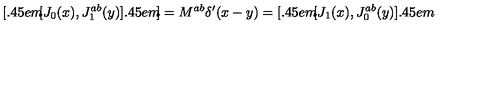
{ } [ \kern - 0 . 4 5 e m \llap [ J _ { 0 } ( x ) , J _ { 1 } ^ { a b } ( y ) ] \kern - 0 . 4 5 e m \llap ] = M ^ { a b } \delta ^ { \prime } ( x - y ) = [ \kern - 0 . 4 5 e m \llap [ J _ { 1 } ( x ) , J _ { 0 } ^ { a b } ( y ) ] \kern - 0 . 4 5 e m \llap ~